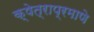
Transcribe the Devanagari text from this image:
क्षेत्राप्रमाणे